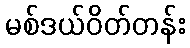
မစ်ဒယ်ဝိတ်တန်း